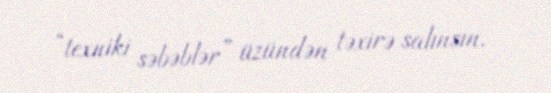
“texniki səbəblər” üzündən təxirə salınsın.